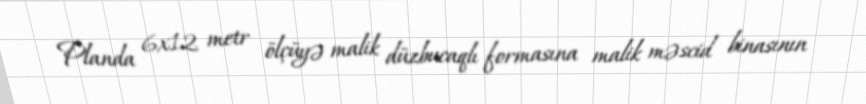
Planda 6x12 metr ölçüyə malik düzbucaqlı formasına malik məscid binasının